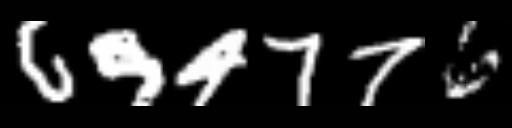
Text: 694776